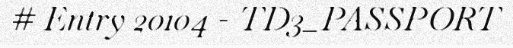
# Entry 20104 - TD3_PASSPORT